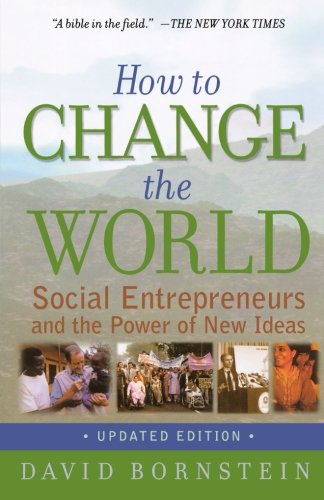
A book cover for How to Change the World: Social Entrepreneurs and the Power of New Ideas, Updated Edition; David Bornstein; Business & Money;